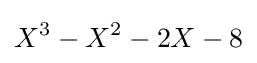
X^{3}-X^{2}-2X-8